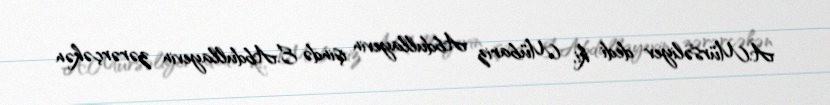
A.Mürsəliyev dedi ki, Mübariz Abdullayevin işində E.Abdullayevin zərərçəkən